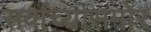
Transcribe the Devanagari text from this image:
सर्वांच्यासमोर